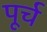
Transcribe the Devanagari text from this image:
पूर्च